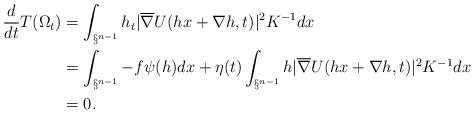
LaTeX: \begin{align*}\frac{d}{dt}T(\Omega_t)&=\int_{\S^{n-1}}h_t|\overline{\nabla} U(hx+\nabla h,t)|^{2} K^{-1}dx\\&=\int_{\S^{n-1}}-f{\psi}(h)dx+\eta(t)\int_{\S^{n-1}}h|\overline{\nabla} U(hx+\nabla h,t)|^{2} K^{-1}dx\\&=0.\end{align*}